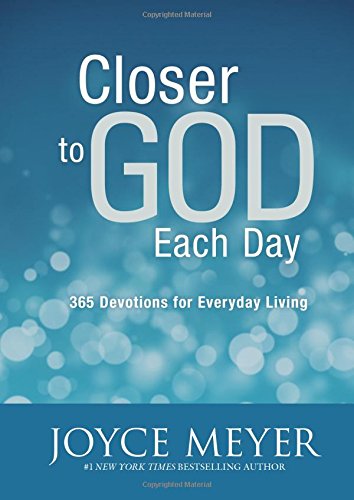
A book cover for Closer to God Each Day: 365 Devotions for Everyday Living; Joyce Meyer; Christian Books & Bibles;